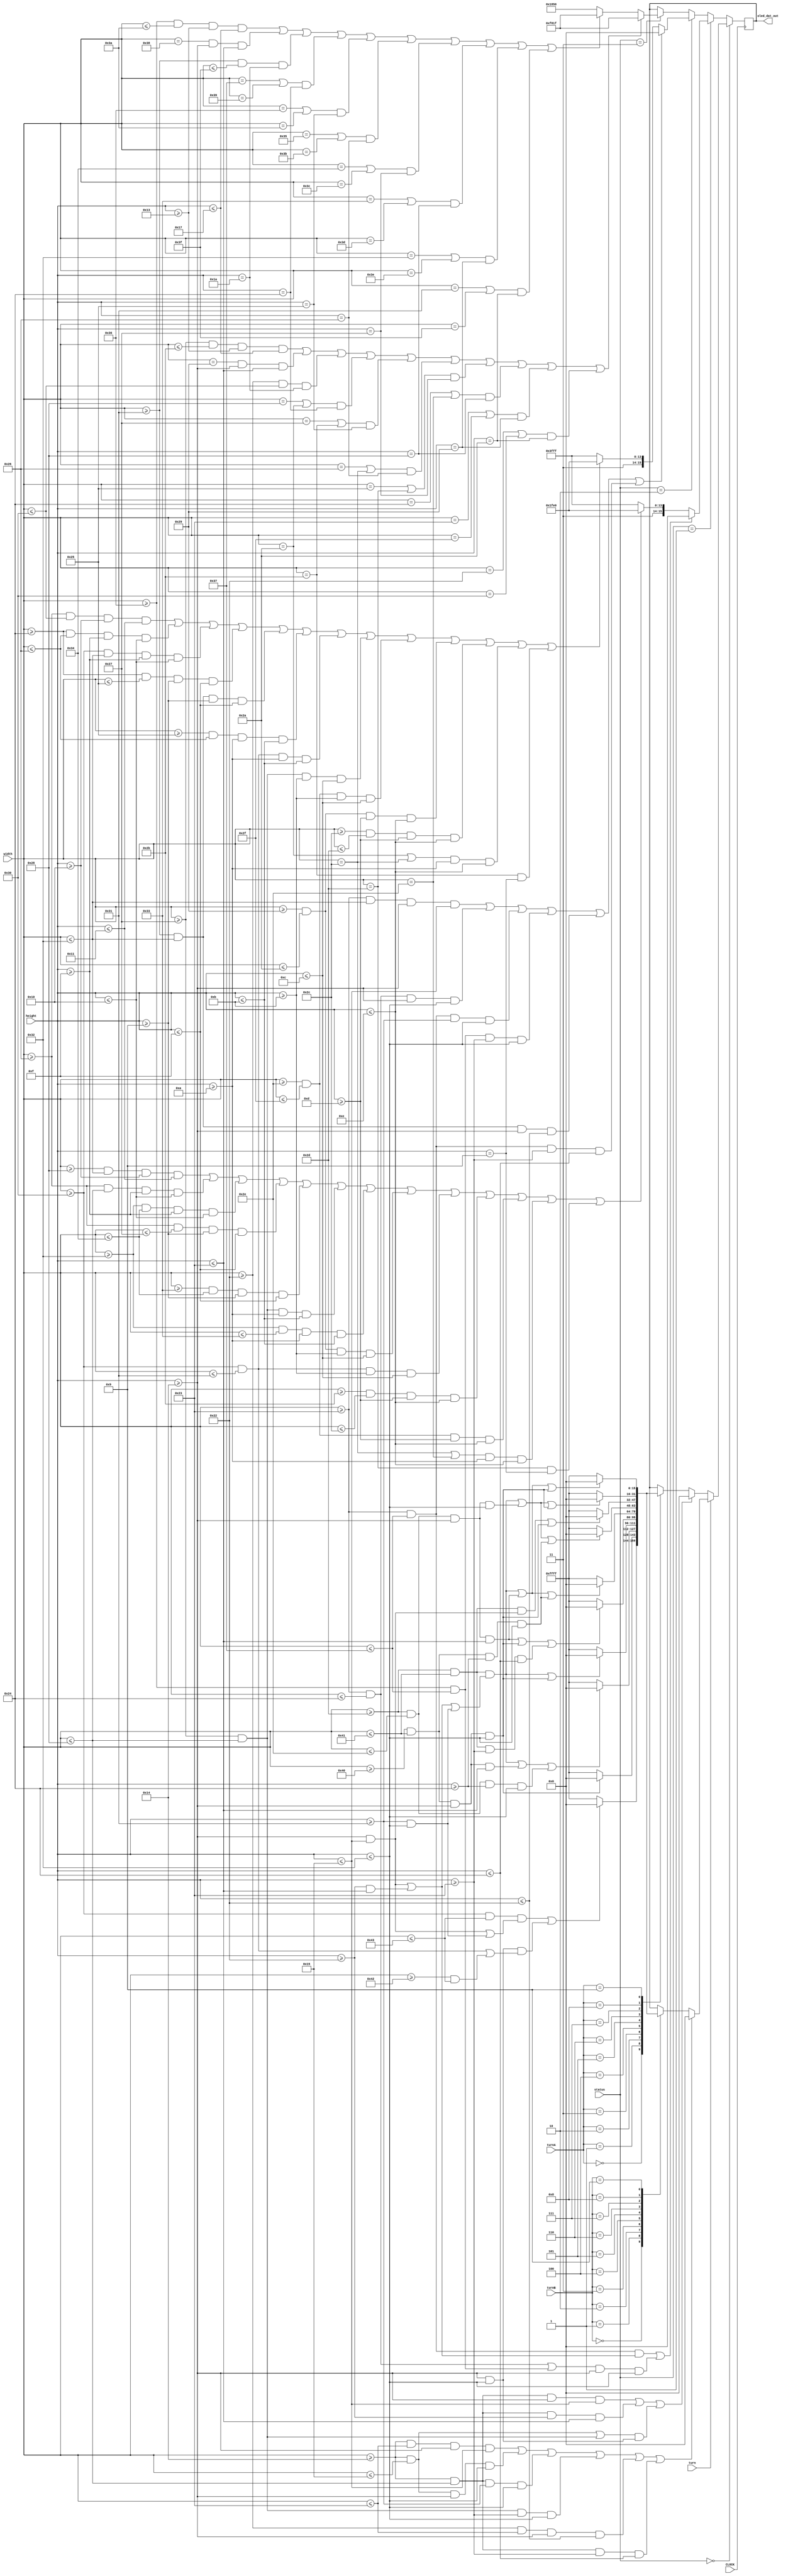
`timescale 1ns / 1ps
//////////////////////////////////////////////////////////////////////////////////
// Company: 
// Engineer: 
// 
// Design Name: 
// Module Name: display_turn
// Project Name: 
// Target Devices: 
// Tool Versions: 
// Description: 
// 
// Dependencies: 
// 
// Revision:
// Revision 0.01 - File Created
// Additional Comments:
// 
//////////////////////////////////////////////////////////////////////////////////


module display_turn(input [6:0] width, input [5:0] height, input CLOCK, 
                    input [3:0] turnA, turnB, input turn, input [1:0] status,
                    output reg [15:0] oled_dat_out);
        parameter WHITE = 16'hFFFF;
        parameter GREEN = 16'h07E0;
        parameter DARK_WHITE = 16'hFC70;
        parameter BLUE = 16'h001F;
        parameter RED = 16'hF800;
        parameter BLACK = 16'h0;
        parameter YELLOW = 16'hDFE0;
        parameter PINK = 16'hF81F;
        
        // turn = 0 : A
        // turn = 1 : B
        
        always @ (posedge CLOCK) begin
            if (!status) begin
                if (turn) begin 
                    case (turnB)   
                        0:
                            if ((width >= 48 && width <= 67) && ((height >= 20 && height <= 21) || (height >= 49 && height <= 50)) ||
                                (height >= 20 && height <= 50) && ((width >= 48 && width <= 49) || (width >= 66 && width <= 67)))  
                            oled_dat_out <= BLACK;
                            else oled_dat_out <= WHITE;            
                        1:
                            if (width >= 64 && width <= 65 && height >= 20 && height <= 50)
                                oled_dat_out <= BLACK; // 1
                            else oled_dat_out <= WHITE;
                        2: // wrong
                            if (((width >= 45 && width <= 65) && ((height >= 20 && height <= 21) || (height >= 34 && height <= 35)
                                || (height >= 49 && height <= 50))) || 
                                (width >= 64 && width <= 65 && height >= 20 && height <= 35) ||
                                (width >= 45 && width <= 46 && height >= 36 && height <= 50))
                                oled_dat_out <= BLACK; // 2
                            else oled_dat_out <= WHITE;
                        3:
                            if (((width >= 45 && width <= 65) && ((height >= 20 && height <= 21) || 
                                 (height >= 34 && height <= 35) || (height >= 49 && height <= 50))) ||
                                 (width >= 64 && width <= 65 && height >= 20 && height <= 50))
                                oled_dat_out <= BLACK; // 3
                            else oled_dat_out <= WHITE;
                        4:
                        if ((width >= 45 && width <= 46 && height >= 20 && height <= 35) ||
                            (width >= 64 && width <= 65 && height >= 20 && height <= 50) ||
                            (width >= 45 && width <= 65 && height >= 35 && height <= 36))
                                oled_dat_out <= BLACK; // 4
                            else oled_dat_out <= WHITE;
                        5:
                            if (((width >= 45 && width <= 65) && ((height >= 20 && height <= 21) || 
                                 (height >= 34 && height <= 35) || (height >= 49 && height <= 50))) ||
                                 (width >= 45 && width <= 46 && height >= 20 && height <= 35) ||
                                 (width >= 64 && width <= 65 && height >= 36 && height <= 50))
                                oled_dat_out <= BLACK; // 5
                            else oled_dat_out <= WHITE;
                        6:
                            if (((width >= 45 && width <= 65) && ((height >= 20 && height <= 21) || 
                                (height >= 34 && height <= 35) || (height >= 49 && height <= 50))) ||
                                (width >= 45 && width <= 46 && height >= 20 && height <= 50) ||
                                (width >= 64 && width <= 65 && height >= 36 && height <= 50))
                                oled_dat_out <= BLACK; // 6  
                            else oled_dat_out <= WHITE;                
                        7:
                            if (((width >= 45 && width <= 65) && (height >= 20 && height <= 21)) ||
                                (width >= 64 && width <= 65 && height >= 20 && height <= 50))
                                oled_dat_out <= BLACK; // 7  
                            else oled_dat_out <= WHITE;                    
                        8:
                            if (((width >= 45 && width <= 65) && ((height >= 20 && height <= 21) || 
                                (height >= 34 && height <= 35) || (height >= 49 && height <= 50))) ||
                                (width >= 45 && width <= 46 && height >= 20 && height <= 50) ||
                                (width >= 64 && width <= 65 && height >= 20 && height <= 50))
                                oled_dat_out <= BLACK; // 8   
                            else oled_dat_out <= WHITE;              
                        9:
                            if (((width >= 45 && width <= 65) && ((height >= 20 && height <= 21) || 
                                (height >= 34 && height <= 35) || (height >= 49 && height <= 50))) ||
                                (width >= 45 && width <= 46 && height >= 20 && height <= 35) ||
                                (width >= 64 && width <= 65 && height >= 20 && height <= 50))
                                oled_dat_out <= BLACK; // 9  
                            else oled_dat_out <= WHITE;             
                    endcase
                    
                    if ((width >= 20 && width <= 35 && height >= 20 && height <= 21) || 
                        (width >= 20 && width <= 21 && height >= 20 && height <= 50) ||
                        (width >= 20 && width <= 40 && height >= 49 && height <= 50) ||
                        (width >= 39 && width <= 40 && height >= 35 && height <= 50) ||
                        (width >= 34 && width <= 35 && height >= 20 && height <= 34) ||
                        (width >= 20 && width <= 40 && height >= 35 && height <= 36))
                        oled_dat_out <= BLACK; // B
                end else begin
                    case (turnA)
                    0:
                        if ((width >= 48 && width <= 67) && ((height >= 20 && height <= 21) || (height >= 49 && height <= 50)) ||
                            (height >= 20 && height <= 50) && ((width >= 48 && width <= 49) || (width >= 66 && width <= 67)))  
                        oled_dat_out <= BLACK;
                        else oled_dat_out <= WHITE;           
                    1:
                        if (width >= 64 && width <= 65 && height >= 20 && height <= 50)
                            oled_dat_out <= BLACK; // 1
                        else oled_dat_out <= WHITE;
                    2: 
                        if (((width >= 45 && width <= 65) && ((height >= 20 && height <= 21) || (height >= 34 && height <= 35)
                            || (height >= 49 && height <= 50))) || 
                            (width >= 64 && width <= 65 && height >= 20 && height <= 35) ||
                            (width >= 45 && width <= 46 && height >= 36 && height <= 50))
                            oled_dat_out <= BLACK; // 2
                        else oled_dat_out <= WHITE;
                    3:
                        if (((width >= 45 && width <= 65) && ((height >= 20 && height <= 21) || 
                             (height >= 34 && height <= 35) || (height >= 49 && height <= 50))) ||
                             (width >= 64 && width <= 65 && height >= 20 && height <= 50))
                            oled_dat_out <= BLACK; // 3
                        else oled_dat_out <= WHITE;
                    4:
                        if ((width >= 45 && width <= 46 && height >= 20 && height <= 35) ||
                            (width >= 64 && width <= 65 && height >= 20 && height <= 50) ||
                            (width >= 45 && width <= 65 && height >= 35 && height <= 36))
                            oled_dat_out <= BLACK; // 4
                        else oled_dat_out <= WHITE;
                    5:
                        if (((width >= 45 && width <= 65) && ((height >= 20 && height <= 21) || 
                             (height >= 34 && height <= 35) || (height >= 49 && height <= 50))) ||
                             (width >= 45 && width <= 46 && height >= 20 && height <= 35) ||
                             (width >= 64 && width <= 65 && height >= 36 && height <= 50))
                            oled_dat_out <= BLACK; // 5
                        else oled_dat_out <= WHITE;
                    6:
                        if (((width >= 45 && width <= 65) && ((height >= 20 && height <= 21) || 
                            (height >= 34 && height <= 35) || (height >= 49 && height <= 50))) ||
                            (width >= 45 && width <= 46 && height >= 20 && height <= 50) ||
                            (width >= 64 && width <= 65 && height >= 36 && height <= 50))
                            oled_dat_out <= BLACK; // 6  
                        else oled_dat_out <= WHITE;                
                    7:
                        if (((width >= 45 && width <= 65) && (height >= 20 && height <= 21)) ||
                            (width >= 64 && width <= 65 && height >= 20 && height <= 50))
                            oled_dat_out <= BLACK; // 7  
                        else oled_dat_out <= WHITE;                    
                    8:
                        if (((width >= 45 && width <= 65) && ((height >= 20 && height <= 21) || 
                            (height >= 34 && height <= 35) || (height >= 49 && height <= 50))) ||
                            (width >= 45 && width <= 46 && height >= 20 && height <= 50) ||
                            (width >= 64 && width <= 65 && height >= 20 && height <= 50))
                            oled_dat_out <= BLACK; // 8   
                        else oled_dat_out <= WHITE;              
                    9:
                        if (((width >= 45 && width <= 65) && ((height >= 20 && height <= 21) || 
                            (height >= 34 && height <= 35) || (height >= 49 && height <= 50))) ||
                            (width >= 45 && width <= 46 && height >= 20 && height <= 35) ||
                            (width >= 64 && width <= 65 && height >= 20 && height <= 50))
                            oled_dat_out <= BLACK; // 9  
                        else oled_dat_out <= WHITE;             
                endcase                
                    
                    if ((width >= 20 && width <= 40 && height >= 20 && height <= 21) || 
                       (width >= 20 && width <= 40 && height >= 34 && height <= 35) ||
                       (((width >= 20 && width <= 21) || (width >= 39 && width <= 40)) && (height >= 20 && height <= 50)))
                       oled_dat_out <= BLACK; // A            
                end
            end else if (status == 1) begin
                if ((width >= 35 && width <= 55 && ((height >= 20 && height <= 21) || (height >= 34 && height <= 35))) ||
                    ((width >= 35 && width <= 36) || (width >= 54 && width <= 55)) && height >= 20 && height <= 50)
                    oled_dat_out <= BLACK; // A
                else if ((width >= 40 && width <= 50 && height >= 16 && height <= 17) ||
                         (width >= 38 && width <= 40 && height >= 15 && height <= 16) ||
                         (width >= 50 && width <= 52 && height >= 15 && height <= 16) ||
                         (width >= 38 && width <= 39 && height >= 9 && height <= 15) ||
                         (width >= 51 && width <= 52 && height >= 9 && height <= 15) ||
                         (width >= 39 && width <= 40 && height >= 10 && height <= 11) ||
                         (width >= 50 && width <= 51 && height >= 10 && height <= 11) ||
                         (width >= 41 && width <= 42 && height >= 11 && height <= 12) ||
                         (width >= 48 && width <= 49 && height >= 11 && height <= 12) ||
                         (width >= 43 && width <= 44 && height >= 13 && height <= 14) ||
                         (width >= 46 && width <= 47 && height >= 13 && height <= 14) ||
                         ((width == 44 || width == 46) && height >= 10 && height <= 14) ||
                         ((width == 45 && height == 9)))
                    oled_dat_out <= YELLOW; // crown
                else oled_dat_out <= WHITE;
            end else if (status == 2) begin
                if ((width >= 35 && width <= 50 && height >= 20 && height <= 21) || 
                    (width >= 35 && width <= 36 && height >= 20 && height <= 50) ||
                    (width >= 35 && width <= 55 && height >= 49 && height <= 50) ||
                    (width >= 54 && width <= 55 && height >= 35 && height <= 50) ||
                    (width >= 49 && width <= 50 && height >= 20 && height <= 34) ||
                    (width >= 35 && width <= 55 && height >= 35 && height <= 36))
                oled_dat_out <= BLACK; // B
                else if ((width >= 38 && width <= 48 && height >= 16 && height <= 17) ||
                         (width >= 36 && width <= 38 && height >= 15 && height <= 16) ||
                         (width >= 48 && width <= 50 && height >= 15 && height <= 16) ||
                         (width >= 36 && width <= 37 && height >= 9 && height <= 15) ||
                         (width >= 49 && width <= 50 && height >= 9 && height <= 15) ||
                         (width >= 37 && width <= 38 && height >= 10 && height <= 11) ||
                         (width >= 48 && width <= 49 && height >= 10 && height <= 11) ||
                         (width >= 39 && width <= 40 && height >= 11 && height <= 12) ||
                         (width >= 46 && width <= 47 && height >= 11 && height <= 12) ||
                         (width >= 41 && width <= 42 && height >= 13 && height <= 14) ||
                         (width >= 44 && width <= 45 && height >= 13 && height <= 14) ||
                         ((width == 42 || width == 44) && height >= 10 && height <= 14) ||
                         ((width == 43 && height == 9)))
                    oled_dat_out <= YELLOW; // crown
                else oled_dat_out <= WHITE;                    
            end else if (status == 3) begin
                if ((width >= 39 && width <= 43 && height >= 19 && height <= 23) ||
                    (width == 41 && height >= 20 && height <= 35) ||
                    (width >= 34 && width <= 48 && height == 26) ||
                    ((width == 40 || width == 42) && height == 36) ||
                    ((width == 39 || width == 43) && height == 37) ||
                    ((width == 38 || width == 44) && height == 38) ||
                    ((width == 37 || width == 45) && height == 39) ||
                    ((width == 36 || width == 46) && height == 40) ||
                    ((width == 35 || width == 47) && height == 41) ||
                    ((width == 34 || width == 48) && height == 42))
                    oled_dat_out <= PINK;
                else if ((width >= 54 && width <= 58 && height >= 19 && height <= 23) ||
                        (width == 56 && height >= 20 && height <= 35) ||
                        (width >= 49 && width <= 63 && height == 26) ||
                        ((width == 55 || width == 57) && height == 36) ||
                        ((width == 54 || width == 58) && height == 37) ||
                        ((width == 53 || width == 59) && height == 38) ||
                        ((width == 52 || width == 60) && height == 39) ||
                        ((width == 51 || width == 61) && height == 40) ||
                        ((width == 50 || width == 62) && height == 41) ||
                        (((width == 49 || width == 63) && height == 42)))
                    oled_dat_out <= PINK;
                else oled_dat_out <= 16'h1850;
            end
        end
endmodule